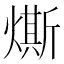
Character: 燍